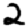
Digit: 2